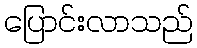
ပြောင်းလာသည်